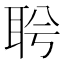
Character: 𦕞